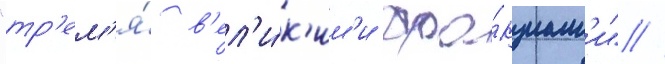
"тр'ем'я́ в'ел'и́к'им'и фра́кциам'и" //